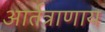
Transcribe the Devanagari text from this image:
आर्तत्राणाय